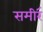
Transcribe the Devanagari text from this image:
समीर॔